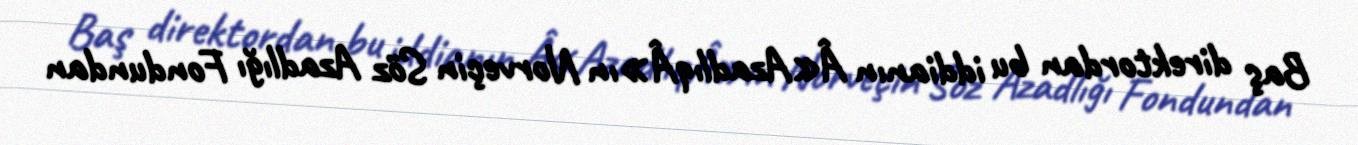
Baş direktordan bu iddianın Â«AzadlıqÂ»ın Norveçin Söz Azadlığı Fondundan